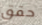
حقق